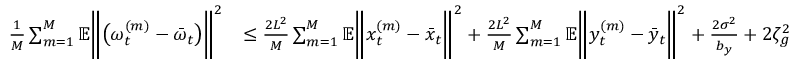
\begin{array} { r l } { \frac { 1 } { M } \sum _ { m = 1 } ^ { M } \mathbb { E } \bigg \| \big ( \omega _ { t } ^ { ( m ) } - \bar { \omega } _ { t } \big ) \bigg \| ^ { 2 } } & { \leq \frac { 2 L ^ { 2 } } { M } \sum _ { m = 1 } ^ { M } \mathbb { E } \bigg \| x _ { t } ^ { ( m ) } - \bar { x } _ { t } \bigg \| ^ { 2 } + \frac { 2 L ^ { 2 } } { M } \sum _ { m = 1 } ^ { M } \mathbb { E } \bigg \| y _ { t } ^ { ( m ) } - \bar { y } _ { t } \bigg \| ^ { 2 } + \frac { 2 \sigma ^ { 2 } } { b _ { y } } + 2 \zeta _ { g } ^ { 2 } } \end{array}